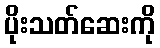
ပိုးသတ်ဆေးကို